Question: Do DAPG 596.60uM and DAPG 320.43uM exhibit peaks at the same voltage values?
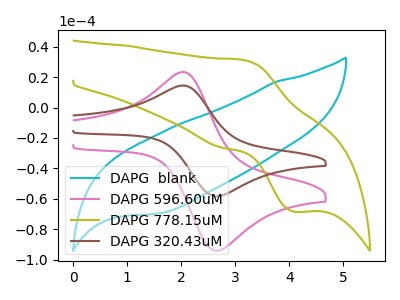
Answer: <think>The cyan curve "DAPG  blank" has no peaks. The pink curve "DAPG 596.60uM" has an anodic peak at (2.05V, 23.30uA) and a cathodic peak at (2.70V, -94.00uA). The olive curve "DAPG 778.15uM" has an anodic peak at (3.15V, 31.10uA) and a cathodic peak at (4.10V, -68.45uA). The brown curve "DAPG 320.43uM" has an anodic peak at (2.05V, 14.45uA) and a cathodic peak at (2.70V, -58.25uA).</think>
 <answer>Yes, "DAPG 596.60uM" have a peak in "DAPG 320.43uM" at the same potential.</answer>
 <eval>match</eval>